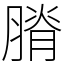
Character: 膌